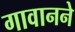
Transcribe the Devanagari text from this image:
गावानने